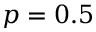
p = 0 . 5